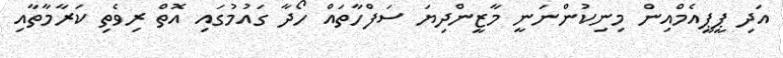
އަދި ޕީޕީއެމްއިން މިނިކުންނަނީ މާޒީންދިޔަ ސަފްހާތައް ހޯދާ ގައުމުގައި އޮތް ރިވެތި ކަރާމާތާއި